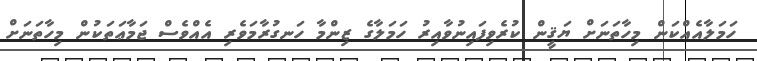
ހަމަލާއެއްކަން މިހާތަނަށް ޔަޤީން ކުރެވިފައިނުވާއިރު ހަމަލާގެ ޒިންމާ ހަނގުރާމަވެރި އެއްވެސް ޖަމާޢަތަކުން މިހާތަނަށް